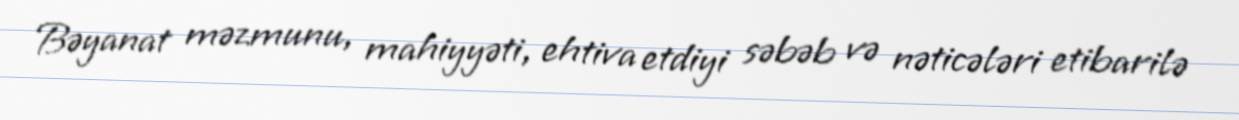
Bəyanat məzmunu, mahiyyəti, ehtiva etdiyi səbəb və nəticələri etibarilə